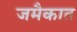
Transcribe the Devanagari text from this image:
जमैकात